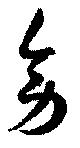
旁